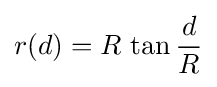
r(d)=R\,\tan {\frac {d}{R}}